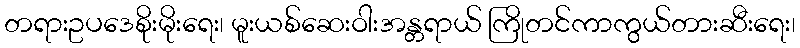
တရားဥပဒေစိုးမိုးရေး၊ မူးယစ်ဆေးဝါးအန္တရာယ် ကြိုတင်ကာကွယ်တားဆီးရေး၊